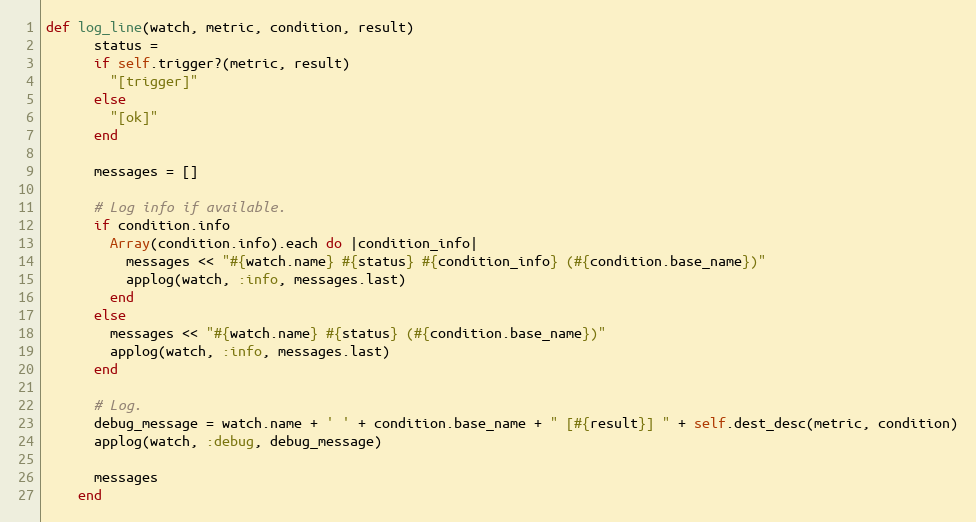
Language: Ruby
def log_line(watch, metric, condition, result)
      status =
      if self.trigger?(metric, result)
        "[trigger]"
      else
        "[ok]"
      end

      messages = []

      # Log info if available.
      if condition.info
        Array(condition.info).each do |condition_info|
          messages << "#{watch.name} #{status} #{condition_info} (#{condition.base_name})"
          applog(watch, :info, messages.last)
        end
      else
        messages << "#{watch.name} #{status} (#{condition.base_name})"
        applog(watch, :info, messages.last)
      end

      # Log.
      debug_message = watch.name + ' ' + condition.base_name + " [#{result}] " + self.dest_desc(metric, condition)
      applog(watch, :debug, debug_message)

      messages
    end